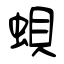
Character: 蛽